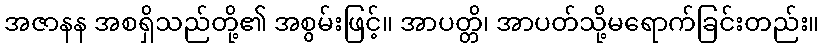
အဇာနန အစရှိသည်တို့၏ အစွမ်းဖြင့်။ အာပတ္တိ၊ အာပတ်သို့မရောက်ခြင်းတည်း။